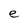
Character: e